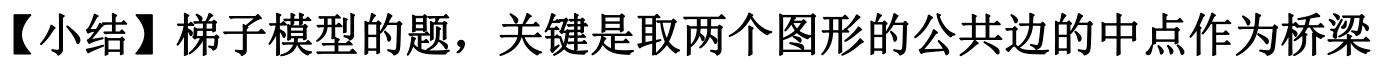
【小结】梯子模型的题，关键是取两个图形的公共边的中点作为桥梁